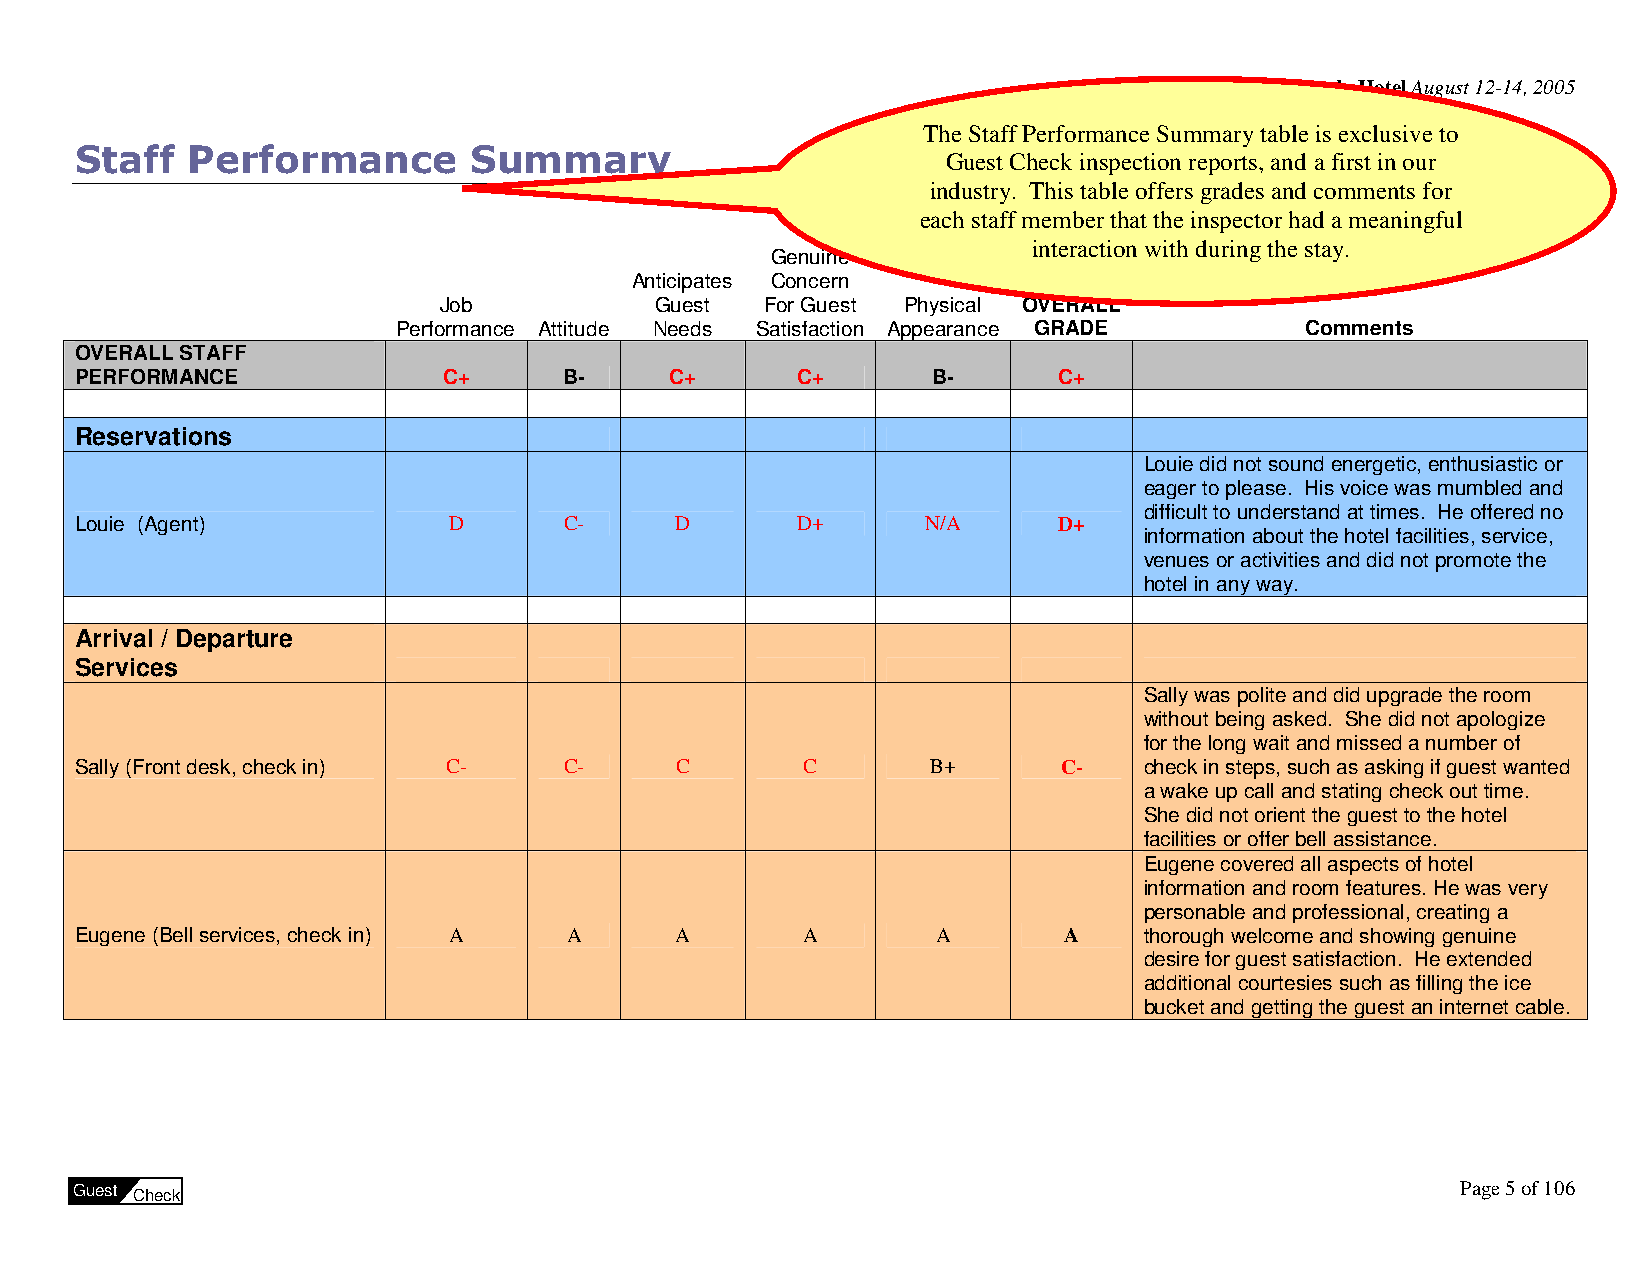
Sample Hotel August 12-14, 2005
 The Staff Performance Summary table is exclusive to
 Staff  Performance        Summary
 Guest Check inspection reports, and a first in our
 industry. This table offers grades and comments for
 each staff member that the inspector had a meaningful
 interaction with during the stay.
 Genuine
 Anticipates Concern
 Job           Guest   For Guest Physical OVERALL
 Performance Attitude Needs Satisfaction Appearance GRADE    Comments
 OVERALL STAFF
 PERFORMANCE             C+      B-     C+       C+       B-      C+
 Reservations
 Louie did not sound energetic, enthusiastic or
 eager to please. His voice was mumbled and
 difficult to understand at times. He offered no
 Louie (Agent)            D      C-      D       D+      N/A      D+
 information about the hotel facilities, service,
 venues or activities and did not promote the
 hotel in any way.
 Arrival / Departure
 Services
 Sally was polite and did upgrade the room
 without being asked. She did not apologize
 for the long wait and missed a number of
 Sally (Front desk, check in) C- C-      C       C        B+      C-    check in steps, such as asking if guest wanted
 a wake up call and stating check out time.
 She did not orient the guest to the hotel
 facilities or offer bell assistance.
 Eugene covered all aspects of hotel
 information and room features. He was very
 personable and professional, creating a
 Eugene (Bell services, check in) A A    A       A        A       A     thorough welcome and showing genuine
 desire for guest satisfaction. He extended
 additional courtesies such as filling the ice
 bucket and getting the guest an internet cable.
 Guest Check                                                                                 Page 5 of 106